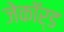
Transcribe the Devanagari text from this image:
जेकॉर्ड